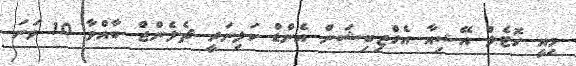
މިއީ ހޮޓެލް އޭޝިއާ އެގްޒިބިޝަން އެންޑް ކަލިނަރީ ޗެލެންޖް ބާއްވާ 10 ވަނަ